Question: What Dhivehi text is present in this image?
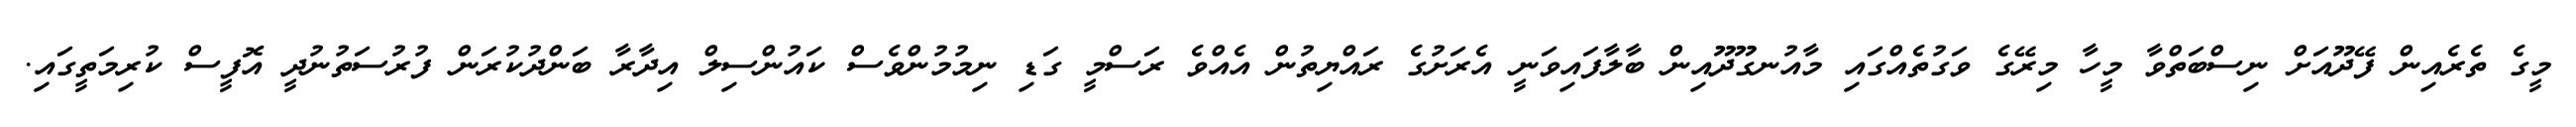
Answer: މީގެ ތެރެއިން ފޭދޫއަށް ނިސްބަތްވާ މީހާ މިރޭގެ ވަގުތެއްގައި މާއުނގޫދޫއިން ބާލާފައިވަނީ އެރަށުގެ ރައްޔިތުން އެއްވެ ރަސްމީ ގަޑި ނިމުމުންވެސް ކައުންސިލް އިދާރާ ބަންދުކުރަން ފުރުސަތުނުދީ އޮފީސް ކުރިމަތީގައި.